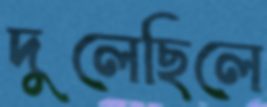
দুলেছিলে